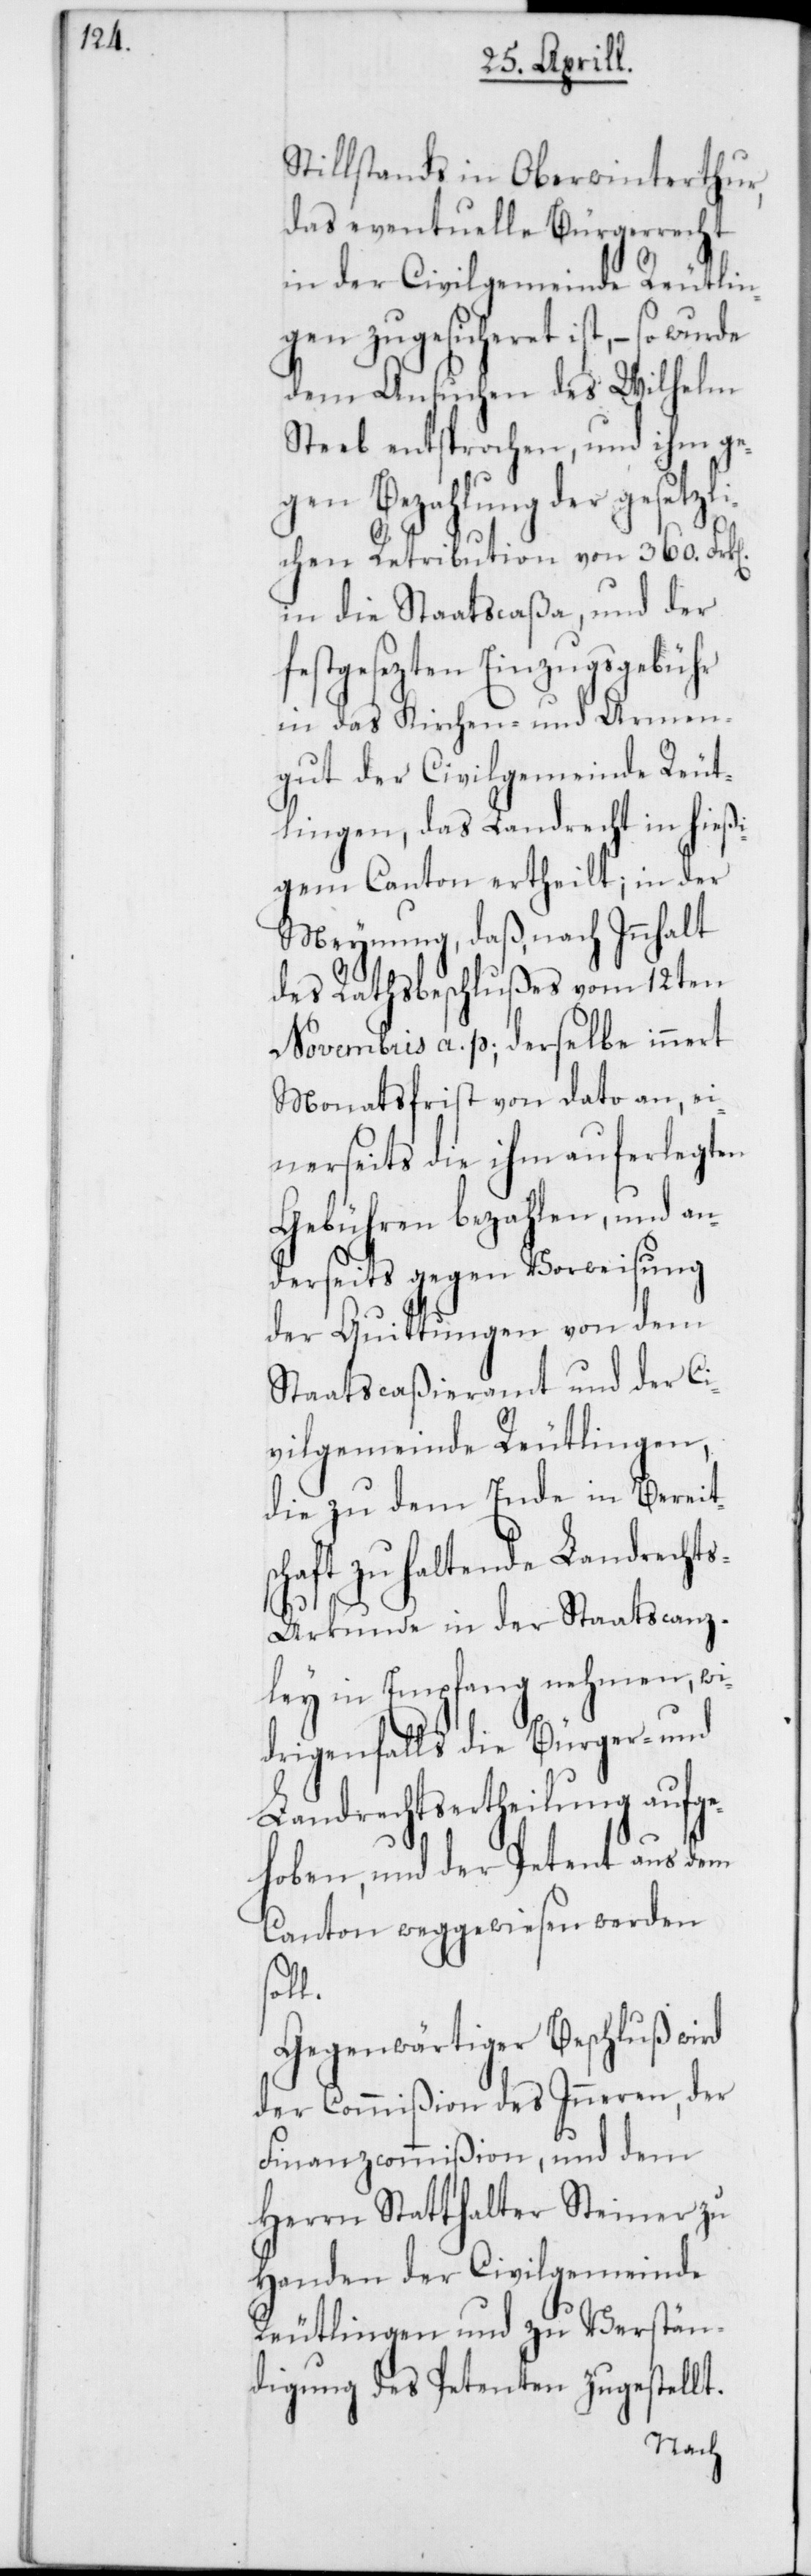
Stillstands in Oberwinterthur,
das eventuelle Bürgerrecht
in der Civilgemeinde Reutlin¬
gen zugesicheret ist, – so wurde
dem Ansuchen des Wilhelm
Steeb entsprochen, und ihm ge¬
gen Bezahlung der gesetzl¬
ichen Retribution von 360. Frk[en]
in die Staatscaßa, und der
festgesezten Einzugsgebühr
in das Kirchen- und Armen¬
gut der Civilgemeinde Reut¬
lingen, das Landrecht in hießi¬
gem Canton ertheilt; in der
Meynung, daß, nach Innhalt
des Rathsbeschlußes vom 12ten
Novembris a. p. derselbe innert
Monatsfrist von dato an, ei¬
nerseits die ihm auferlegten
Gebühren bezahlen, und an¬
derseits gegen Vorweisung
der Quittungen von dem
Staatscaßieramt und der Ci¬
vilgemeinde Reutlingen,
die zu dem Ende in Bereit¬
schaft zu haltende Landrecht¬
s-Urkunde in der Staatscanz¬
ley in Empfang nehmen, wi¬
drigenfalls die Bürger- und
Landrechtsertheilung aufge¬
hoben, und der Petent aus dem
Canton weggewiesen werden
soll.
Gegenwärtiger Beschluß wird
der Commißion des Inneren, der
Finanzcommißion und dem
Herrn Statthalter Steiner zu
Handen der Civilgemeinde
Reutlingen und zu Verstän¬
digung des Petenten zugestellt.